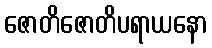
ဇောတိဇောတိပရာယနော